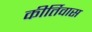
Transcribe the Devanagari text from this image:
कीर्तिवास